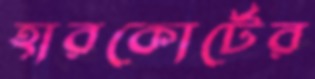
হারকোর্টের